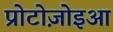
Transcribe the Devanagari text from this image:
प्रोटोज़ोइआ